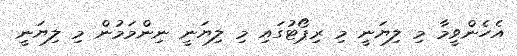
އެހެންވީމާ މި ލިޔަނީ މި ރިޕޯޓުގައި މި ލިޔަނީ ނިންމަމުން މި ލިޔަނީ